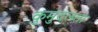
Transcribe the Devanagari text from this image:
कुमुदलता